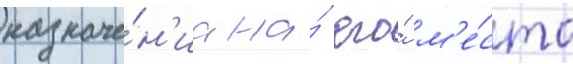
назначе́н'иа на́ его́ м'е́сто